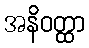
အနိဝတ္ထာ